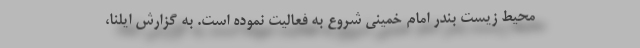
محیط زیست بندر امام خمینی شروع به فعالیت نموده است. به گزارش ایلنا،